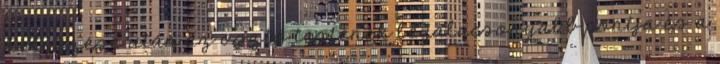
helyezése után az osztó testének legalacsonyabb pontja és a